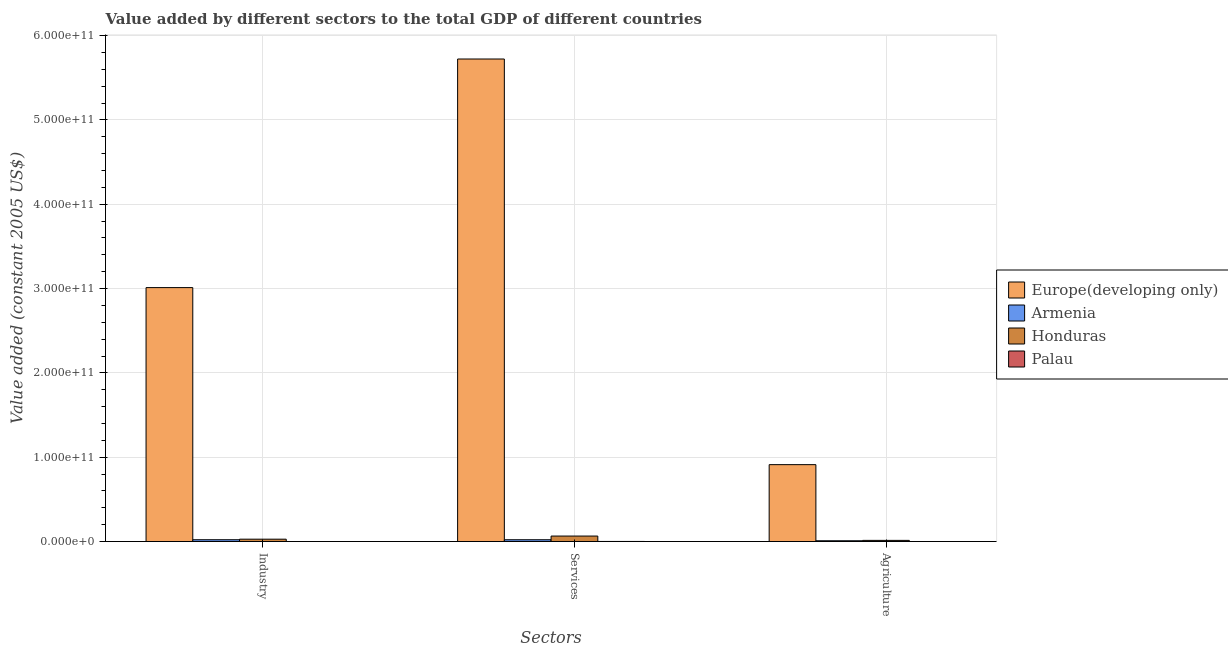
| Sectors | Europe(developing only) | Armenia | Honduras | Palau |
 | --- | --- | --- | --- | --- |
 | Industry | 3.01e+11 | 2.17e+09 | 2.83e+09 | 1.3e+07 |
 | Services | 5.72e+11 | 2.16e+09 | 6.54e+09 | 1.3e+08 |
 | Agriculture | 9.12e+10 | 9.52e+08 | 1.39e+09 | 6.64e+06 |